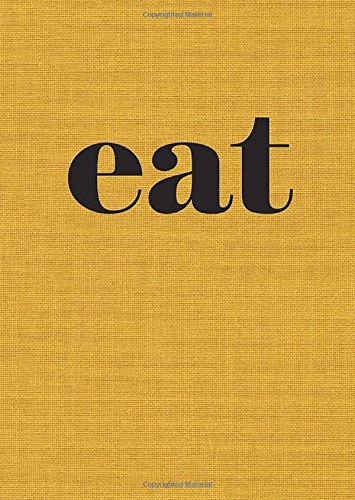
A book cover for Eat: The Little Book of Fast Food; Nigel Slater; Cookbooks, Food & Wine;